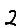
Digit: 2